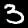
Label: 3